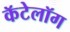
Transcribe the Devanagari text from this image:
कॅटेलॉग